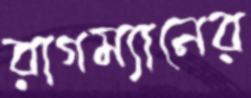
রাগম্যানের